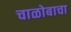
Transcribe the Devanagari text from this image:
चाळोबाचा